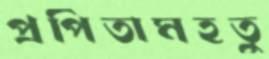
প্রপিতামহতু